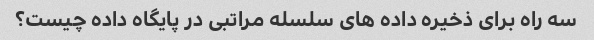
سه راه برای ذخیره داده های سلسله مراتبی در پایگاه داده چیست؟